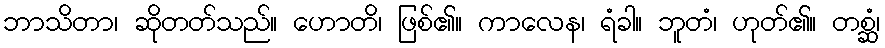
ဘာသိတာ၊ ဆိုတတ်သည်။ ဟောတိ၊ ဖြစ်၏။ ကာလေန၊ ရံခါ။ ဘူတံ၊ ဟုတ်၏။ တစ္ဆံ၊